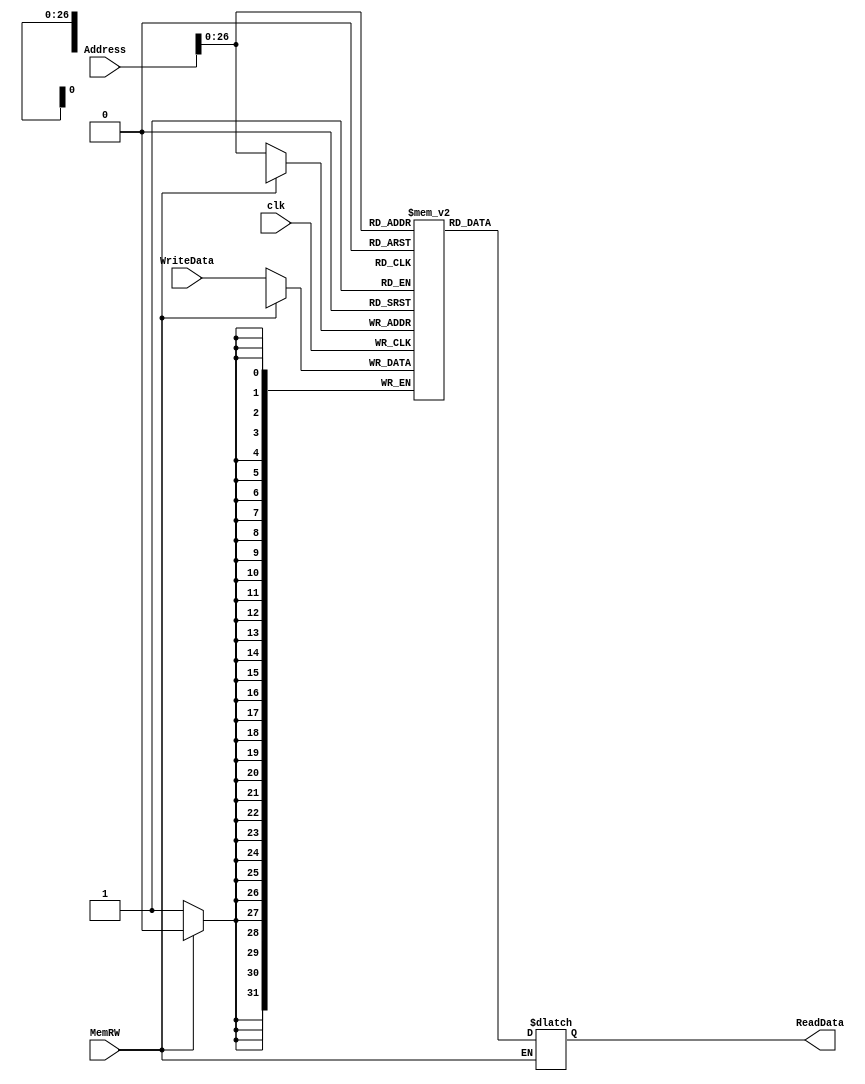
module dmem(clk, Address, WriteData, ReadData, MemRW);
  input [31:0]Address, WriteData;
  input MemRW, clk;
  output [31:0]ReadData;
  reg [31:0]ReadData;
  parameter [31:0]range = 32'h07ffffff;
  reg [31:0] dmem_cell [range:0];
  //Write = 0; Read = 1
  always @(posedge clk) begin
    if (~MemRW) begin 
      dmem_cell[Address] <= WriteData;
    end
  end
  
  always @(*) begin
    if (MemRW) begin
      ReadData = dmem_cell[Address];
    end
    end
endmodule